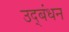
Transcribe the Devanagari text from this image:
उद्‍बंधन